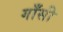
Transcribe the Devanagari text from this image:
गाँसी